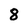
Character: 8